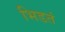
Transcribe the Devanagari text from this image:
भिडतं